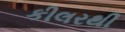
કીલરથી